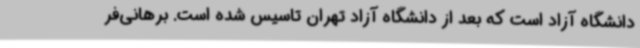
دانشگاه آزاد است که بعد از دانشگاه آزاد تهران تاسیس شده است. برهانی‌فر